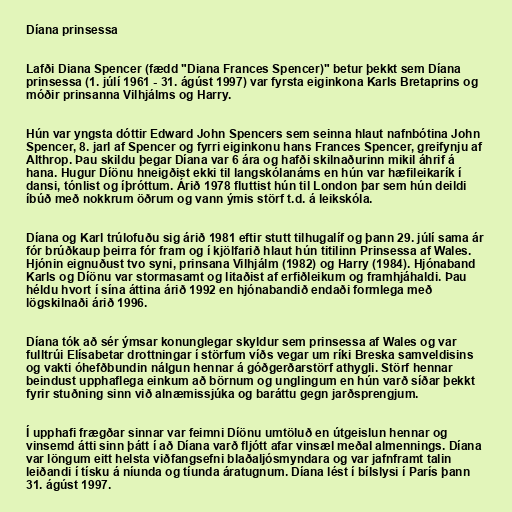
Díana prinsessa

Lafði Diana Spencer (fædd "Diana Frances Spencer)" betur þekkt sem Díana
prinsessa (1. júlí 1961 - 31. ágúst 1997) var fyrsta eiginkona Karls Bretaprins og
móðir prinsanna Vilhjálms og Harry.

Hún var yngsta dóttir Edward John Spencers sem seinna hlaut nafnbótina John
Spencer, 8. jarl af Spencer og fyrri eiginkonu hans Frances Spencer, greifynju af
Althrop. Þau skildu þegar Díana var 6 ára og hafði skilnaðurinn mikil áhrif á
hana. Hugur Díönu hneigðist ekki til langskólanáms en hún var hæfileikarík í
dansi, tónlist og íþróttum. Árið 1978 fluttist hún til London þar sem hún deildi
íbúð með nokkrum öðrum og vann ýmis störf t.d. á leikskóla.

Díana og Karl trúlofuðu sig árið 1981 eftir stutt tilhugalíf og þann 29. júlí sama ár
fór brúðkaup þeirra fór fram og í kjölfarið hlaut hún titilinn Prinsessa af Wales.
Hjónin eignuðust tvo syni, prinsana Vilhjálm (1982) og Harry (1984). Hjónaband
Karls og Díönu var stormasamt og litaðist af erfiðleikum og framhjáhaldi. Þau
héldu hvort í sína áttina árið 1992 en hjónabandið endaði formlega með
lögskilnaði árið 1996.

Díana tók að sér ýmsar konunglegar skyldur sem prinsessa af Wales og var
fulltrúi Elísabetar drottningar í störfum víðs vegar um ríki Breska samveldisins
og vakti óhefðbundin nálgun hennar á góðgerðarstörf athygli. Störf hennar
beindust upphaflega einkum að börnum og unglingum en hún varð síðar þekkt
fyrir stuðning sinn við alnæmissjúka og baráttu gegn jarðsprengjum.

Í upphafi frægðar sinnar var feimni Díönu umtöluð en útgeislun hennar og
vinsemd átti sinn þátt í að Díana varð fljótt afar vinsæl meðal almennings. Díana
var löngum eitt helsta viðfangsefni blaðaljósmyndara og var jafnframt talin
leiðandi í tísku á níunda og tíunda áratugnum. Díana lést í bílslysi í París þann
31. ágúst 1997.